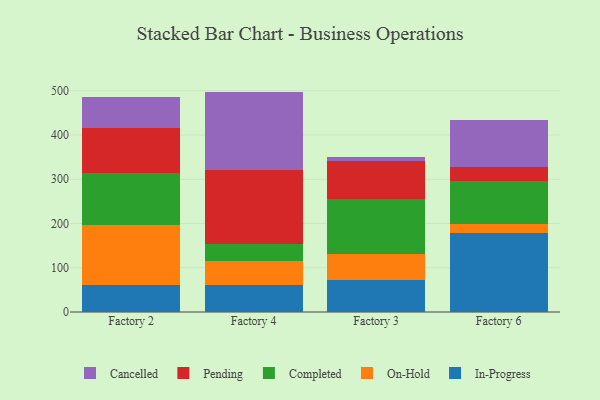
{"axis": {"x": "Factory", "y": "Bounce Rate (%)"}, "legend": ["Cancelled", "Completed", "In-Progress", "On-Hold", "Pending"], "data": [{"x": "Factory 2", "y": 60.3, "type": "In-Progress"}, {"x": "Factory 2", "y": 135.2, "type": "On-Hold"}, {"x": "Factory 2", "y": 117.9, "type": "Completed"}, {"x": "Factory 2", "y": 102.5, "type": "Pending"}, {"x": "Factory 2", "y": 69.0, "type": "Cancelled"}, {"x": "Factory 4", "y": 60.2, "type": "In-Progress"}, {"x": "Factory 4", "y": 56.2, "type": "On-Hold"}, {"x": "Factory 4", "y": 36.2, "type": "Completed"}, {"x": "Factory 4", "y": 167.2, "type": "Pending"}, {"x": "Factory 4", "y": 178.3, "type": "Cancelled"}, {"x": "Factory 3", "y": 72.6, "type": "In-Progress"}, {"x": "Factory 3", "y": 59.1, "type": "On-Hold"}, {"x": "Factory 3", "y": 123.3, "type": "Completed"}, {"x": "Factory 3", "y": 85.6, "type": "Pending"}, {"x": "Factory 3", "y": 10.2, "type": "Cancelled"}, {"x": "Factory 6", "y": 179.0, "type": "In-Progress"}, {"x": "Factory 6", "y": 19.0, "type": "On-Hold"}, {"x": "Factory 6", "y": 97.0, "type": "Completed"}, {"x": "Factory 6", "y": 32.0, "type": "Pending"}, {"x": "Factory 6", "y": 106.5, "type": "Cancelled"}]}